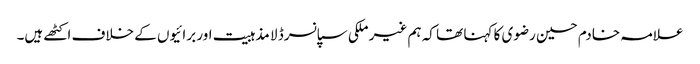
علامہ خادم حسین رضوی کا کہنا تھا کہ ہم غیر ملکی سپانسرڈ لا مذہبیت اور برائیوں کے خلاف اکٹھے ہیں۔